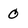
Character: o